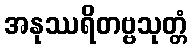
အနုဿရိတဗ္ဗသုတ္တံ